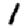
Digit: 1